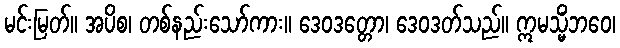
မင်းမြတ်။ အပိစ၊ တစ်နည်းသော်ကား။ ဒေဝဒတ္တော၊ ဒေဝဒတ်သည်။ ဣမသ္မိံဘဝေ၊